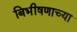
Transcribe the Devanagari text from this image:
बिभीषणाच्या